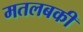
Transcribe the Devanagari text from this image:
मतलबकी